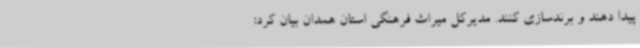
پیدا دهند و برندسازی کنند. مدیرکل میراث فرهنگی استان همدان بیان کرد: